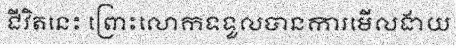
ជីវិតនេះ ព្រោះលោកទទួលបានការមើលងាយ